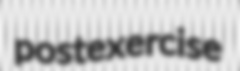
postexercise